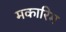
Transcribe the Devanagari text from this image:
मकारिम